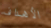
الأهداف